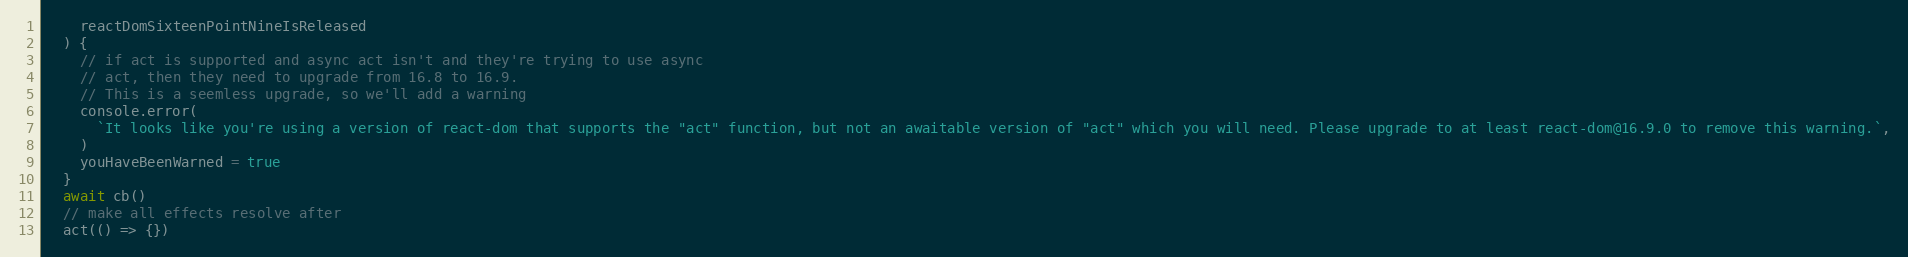
Language: JavaScript
    reactDomSixteenPointNineIsReleased
  ) {
    // if act is supported and async act isn't and they're trying to use async
    // act, then they need to upgrade from 16.8 to 16.9.
    // This is a seemless upgrade, so we'll add a warning
    console.error(
      `It looks like you're using a version of react-dom that supports the "act" function, but not an awaitable version of "act" which you will need. Please upgrade to at least react-dom@16.9.0 to remove this warning.`,
    )
    youHaveBeenWarned = true
  }
  await cb()
  // make all effects resolve after
  act(() => {})